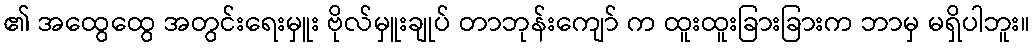
၏ အထွေထွေ အတွင်းရေးမှူး ဗိုလ်မှူးချုပ် တာဘုန်းကျော် က ထူးထူးခြားခြားက ဘာမှ မရှိပါဘူး။